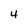
Character: 4